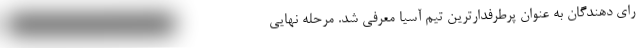
رای دهندگان به عنوان پرطرفدارترین تیم آسیا معرفی شد. مرحله نهایی